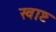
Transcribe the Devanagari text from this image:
खाष्ट